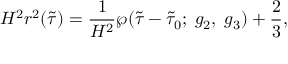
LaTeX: H ^ { 2 } r ^ { 2 } ( \tilde { \tau } ) = \frac { 1 } { H ^ { 2 } } \wp ( \tilde { \tau } - \tilde { \tau } _ { 0 } ; \; g _ { 2 } , \; g _ { 3 } ) + \frac { 2 } { 3 } ,